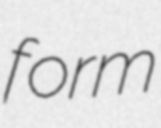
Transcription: form